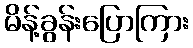
မိန့်ခွန်းပြောကြား